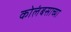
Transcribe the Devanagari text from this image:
कोलंबसाच्या